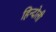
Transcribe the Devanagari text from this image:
हिन्दोली